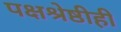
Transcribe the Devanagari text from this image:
पक्षश्रेष्ठीही